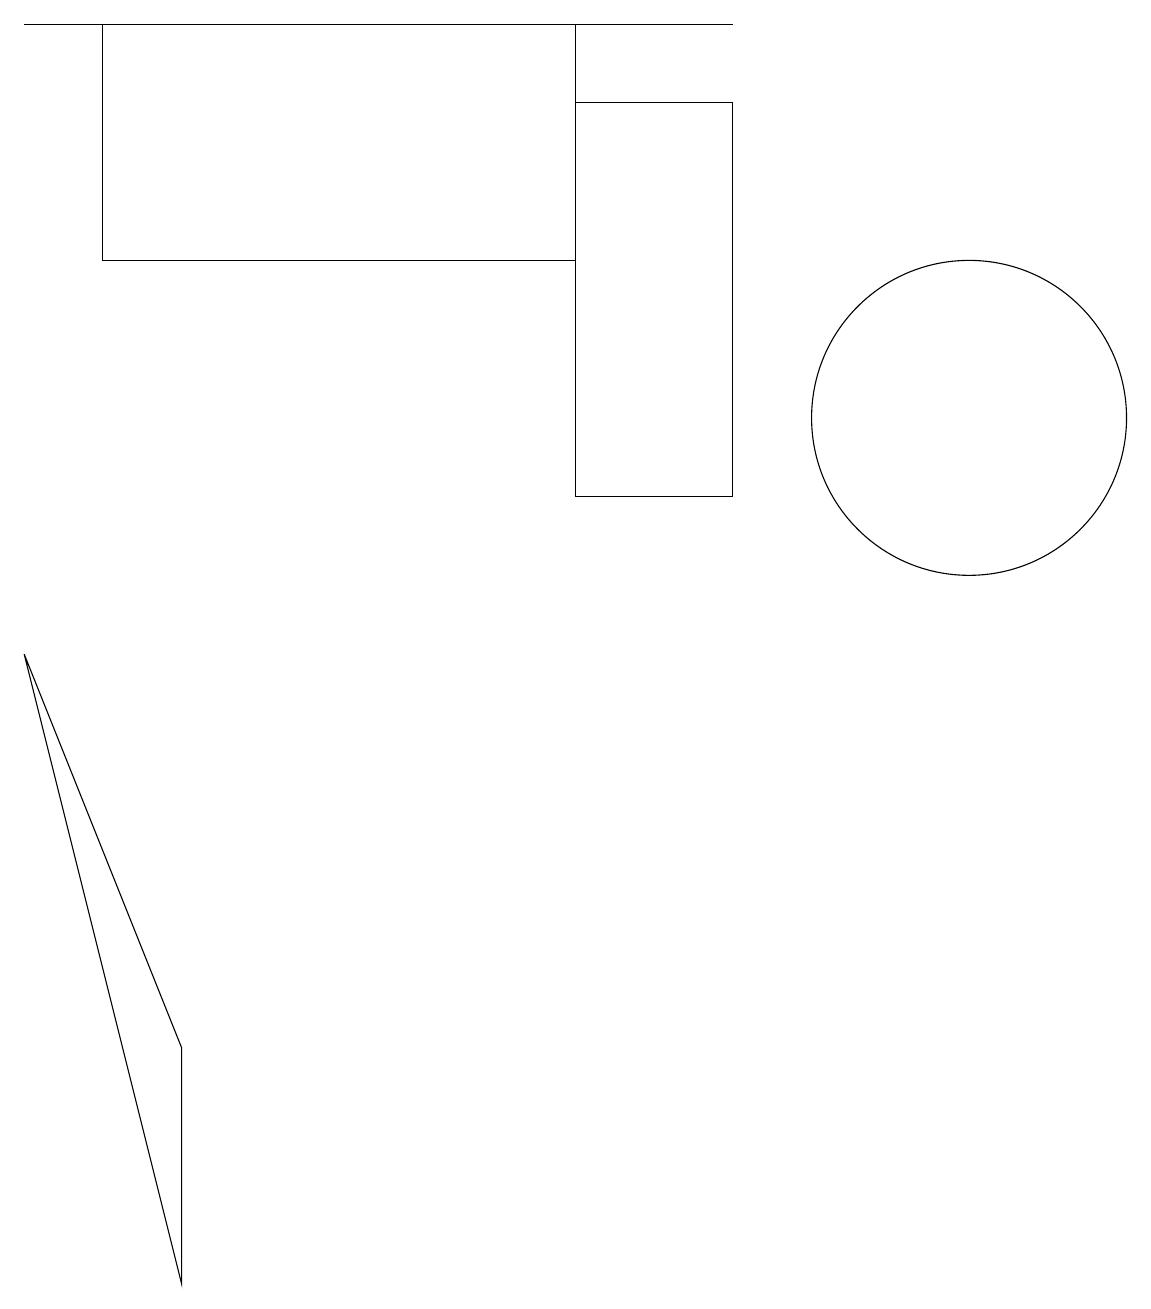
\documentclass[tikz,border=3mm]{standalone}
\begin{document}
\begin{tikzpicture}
\draw (9,17) rectangle (0,17);
\draw (12,12) circle (2);
\draw (7,14) rectangle (1,17);
\draw (9,16) rectangle (7,11);
\draw (2,4) -- (2,1) -- (0,9) -- cycle;
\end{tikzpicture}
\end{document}